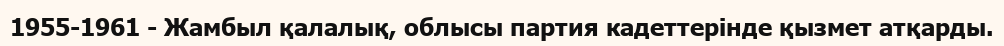
1955-1961 - Жамбыл қалалық, облысы партия кадеттерінде қызмет атқарды.